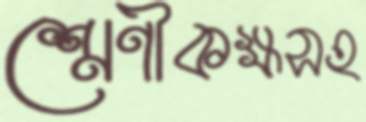
শ্রেণীকক্ষসহ